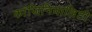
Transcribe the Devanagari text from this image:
कांजिनियालिटी